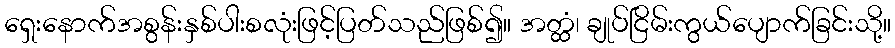
ရှေးနောက်အစွန်းနှစ်ပါးစလုံးဖြင့်ပြတ်သည်ဖြစ်၍။ အတ္ထံ၊ ချုပ်ငြိမ်းကွယ်ပျောက်ခြင်းသို့။